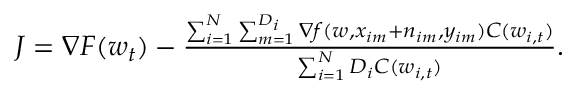
\begin{array} { r } { \boldsymbol { J } = \nabla F ( \boldsymbol { w } _ { t } ) - \frac { \sum _ { i = 1 } ^ { N } \sum _ { m = 1 } ^ { D _ { i } } \nabla f ( \boldsymbol { w } , \boldsymbol { x } _ { i m } + \boldsymbol { n } _ { i m } , y _ { i m } ) C ( \boldsymbol { w } _ { i , t } ) } { \sum _ { i = 1 } ^ { N } D _ { i } C ( \boldsymbol { w } _ { i , t } ) } . } \end{array}